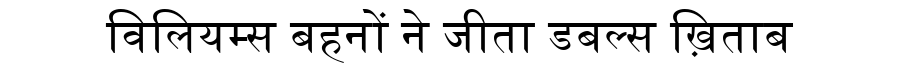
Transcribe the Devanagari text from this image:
विलियम्स बहनों ने जीता डबल्स ख़िताब